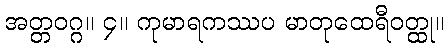
အတ္တဝဂ္ဂ။ ၄။ ကုမာရကဿပ မာတုထေရီဝတ္ထု။